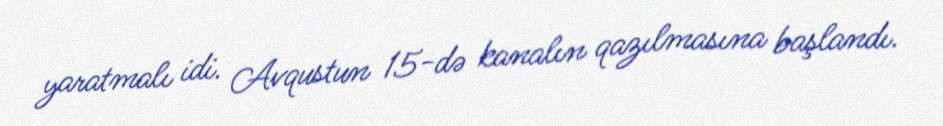
yaratmalı idi. Avqustun 15-də kanalın qazılmasına başlandı.